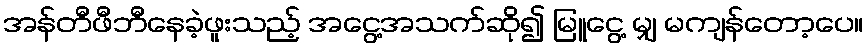
အန်တီဖီဘီနေခဲ့ဖူးသည့် အငွေ့အသက်ဆို၍ မြူငွေ့ မျှ မကျန်တော့ပေ။